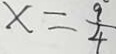
x = \frac { 9 } { 4 }